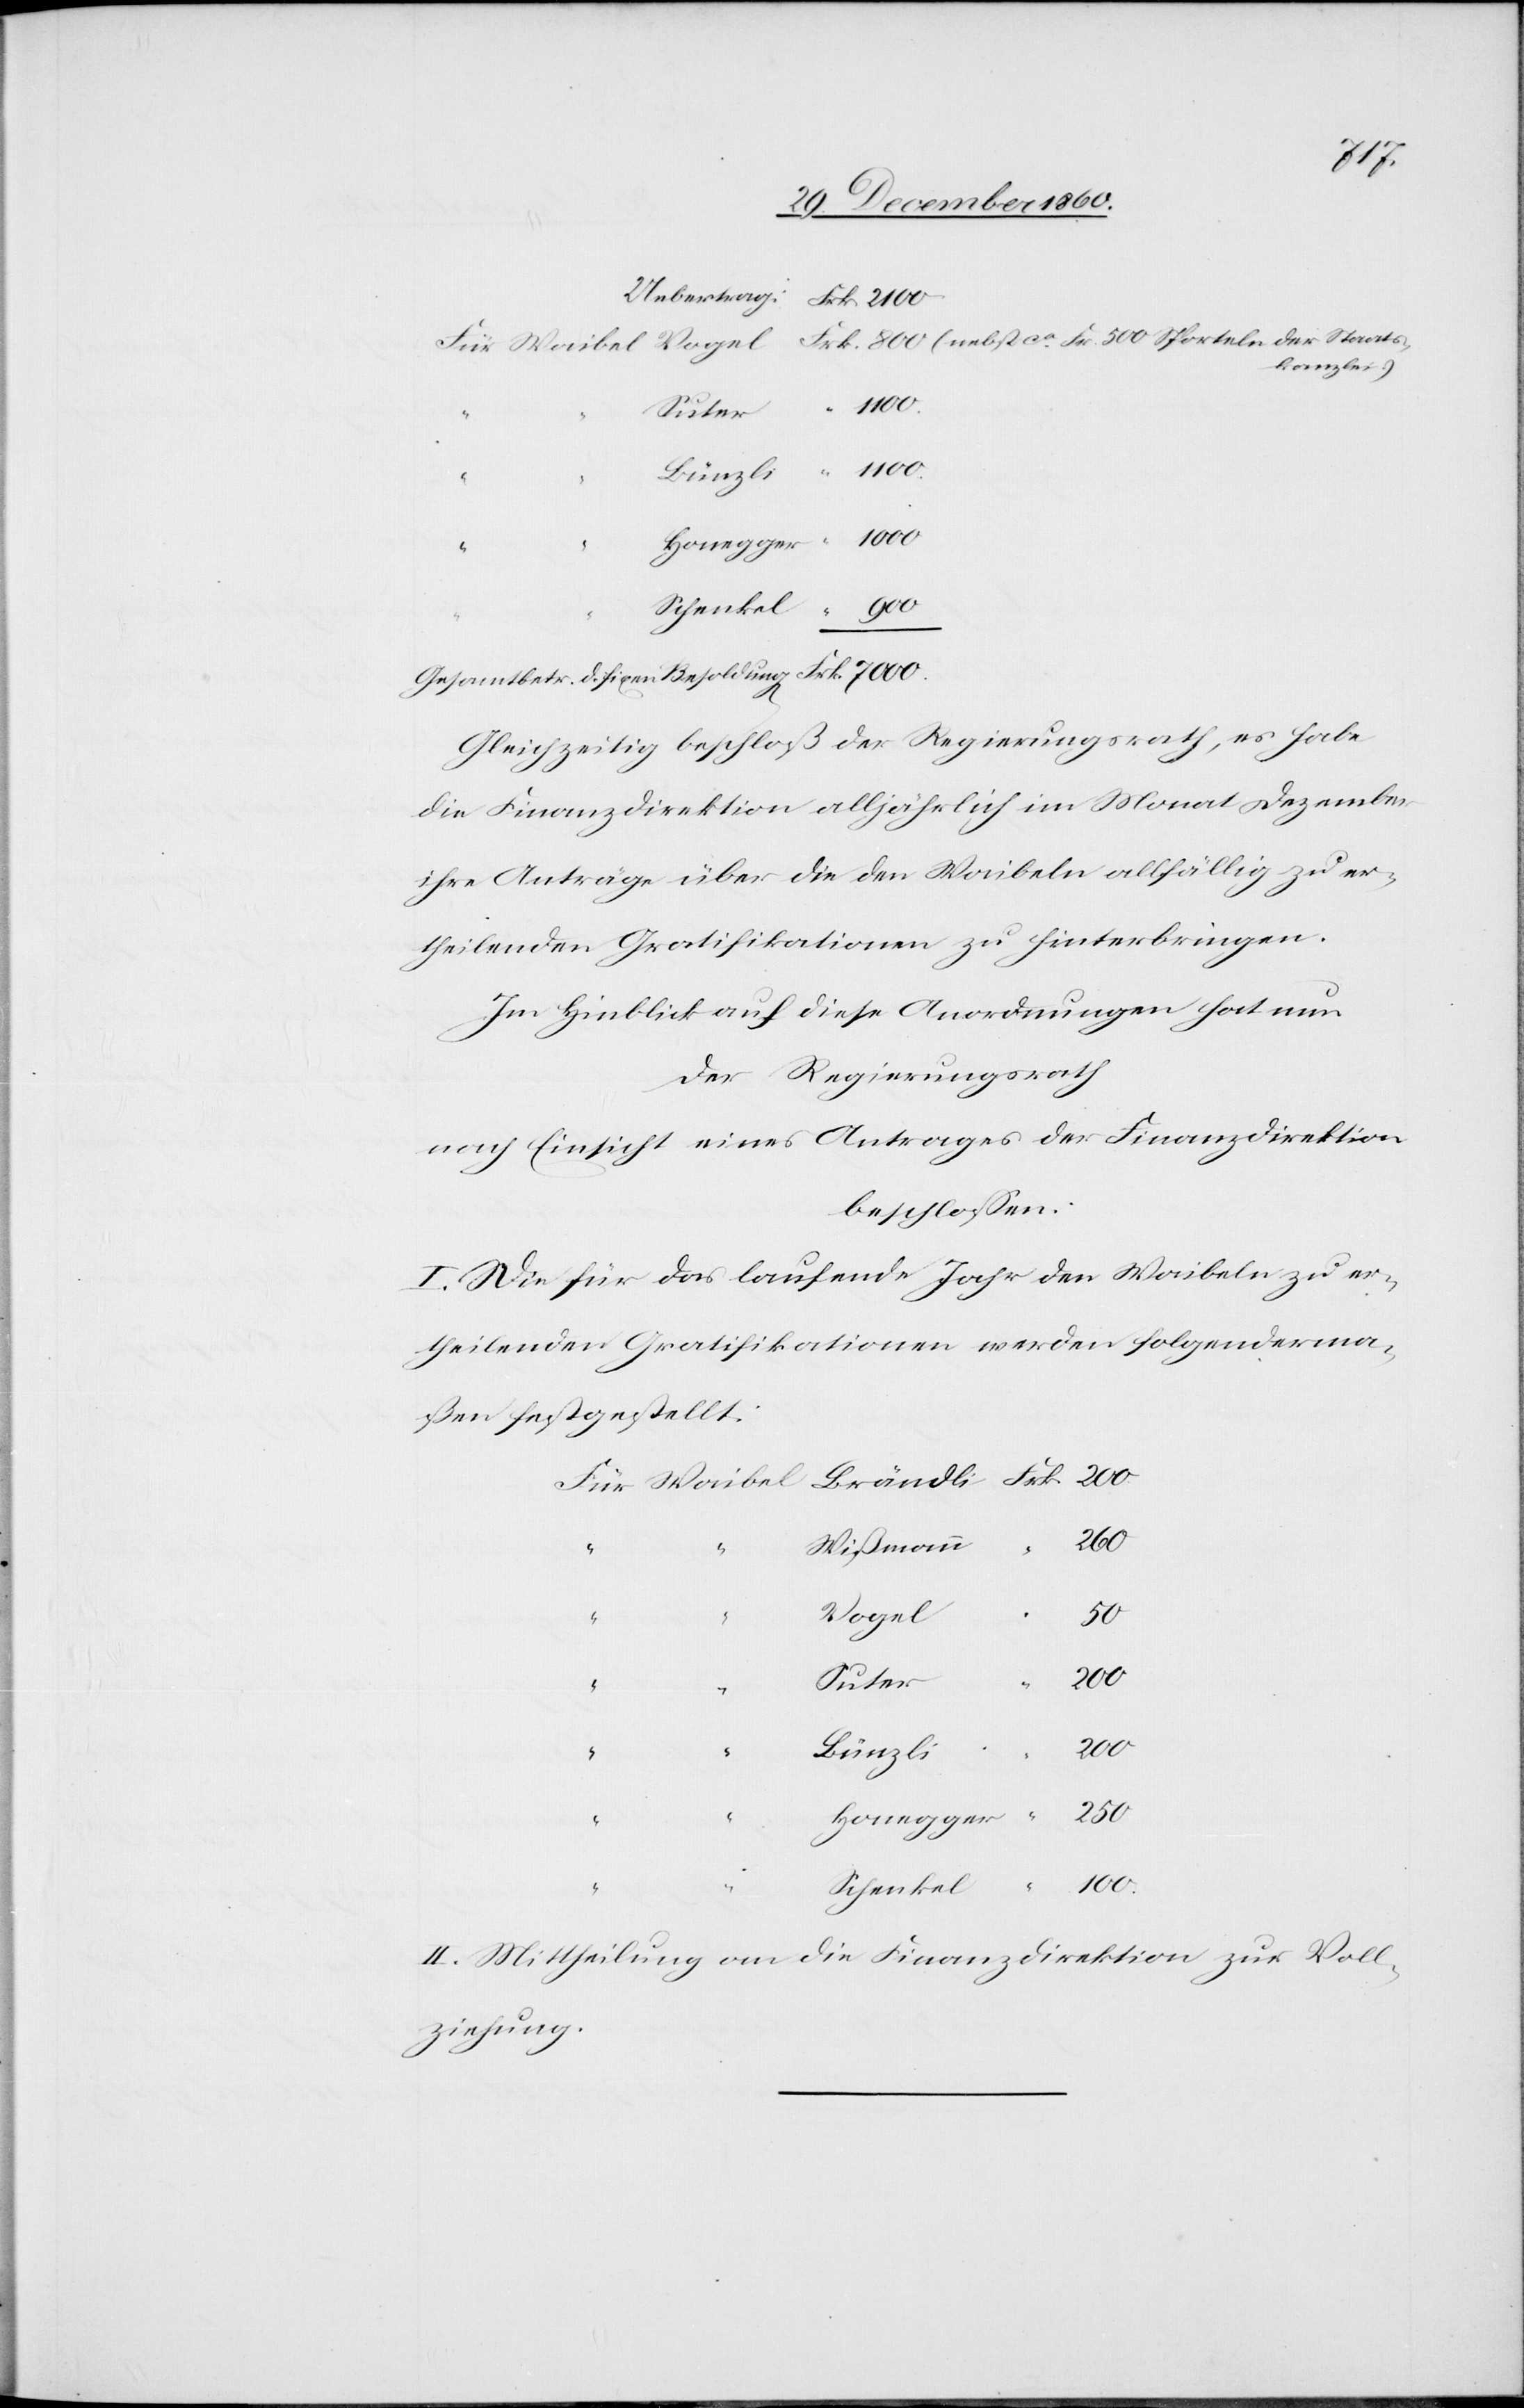
kanzlei.
Schenkel
Gleichzeitig beschloß der Regierungsrath, es habe
die Finanzdirektion alljährlich im Monat Dezember
ihre Anträge über die den Waibeln allfällig zu er¬
theilenden Gratifikationen zu hinterbringen.
Im Hinblick auf diese Anordnungen hat nun
Der Regierungsrath
nach Einsicht eines Antrages der Finanzdirektion
beschlossen:
I. Die für das laufende Jahr den Waibeln zu er¬
theilenden Gratifikationen werden folgenderma¬
ßen festgestellt:
100
Wißmann
Vogel
250
1100
Suter
“
200
Bünzli
Frk.
II. Mitheilung an die Finanzdirektion zur Voll¬
ziehung.